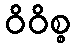
ဝိဝိစ္စ